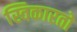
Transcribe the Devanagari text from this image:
स्विकारतो